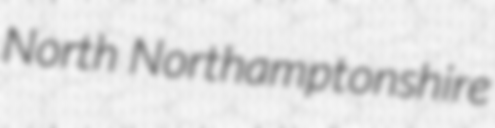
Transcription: North Northamptonshire